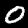
Label: 0